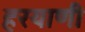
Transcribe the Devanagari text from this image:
हरयाणी